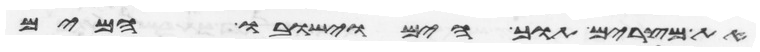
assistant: את מצרים תוך הים וישובו המים